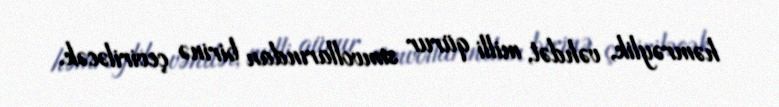
həmrəylik, vəhdət, milli qürur simvollarından birinə çeviriləcək.